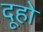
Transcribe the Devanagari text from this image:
दूहो